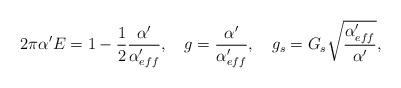
LaTeX: \begin{align*}2\pi \alpha' E =1-\frac{1}{2}\frac{\alpha'}{\alpha'_{eff}},\ \ \ g=\frac{\alpha'}{\alpha'_{eff}}, \ \ \ g_s=G_s\sqrt{\frac{\alpha'_{eff}}{\alpha'}},\end{align*}